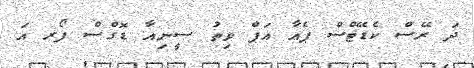
ދަ ރޭސް ކެޑޭޓްސް ޕެއާ އަޕް ވިތު ސީނިއާ ޑޮގްސް ފޯރ އަ